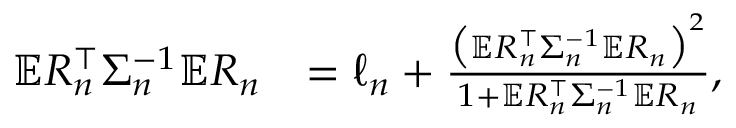
\begin{array} { r l } { \mathbb { E } R _ { n } ^ { \top } \Sigma _ { n } ^ { - 1 } \mathbb { E } R _ { n } } & { = \ell _ { n } + \frac { \big ( \mathbb { E } R _ { n } ^ { \top } \Sigma _ { n } ^ { - 1 } \mathbb { E } R _ { n } \big ) ^ { 2 } } { 1 + \mathbb { E } R _ { n } ^ { \top } \Sigma _ { n } ^ { - 1 } \mathbb { E } R _ { n } } , } \end{array}